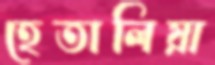
হেতালিয়া